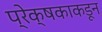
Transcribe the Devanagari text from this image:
प्रेक्षकाकडून